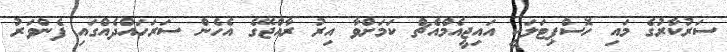
ސަރުކާރުގެ މައި ހޮސްޕިޓަލަކީ އައިޖީއެމްއެޗް ކަމަށްވާ އިރު ރާއްޖޭގެ އެހެން ސަރަހައްދެއްގައި ފެންވަރު